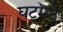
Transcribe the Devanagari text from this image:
घटमठे